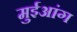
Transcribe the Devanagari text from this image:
मुईआंग